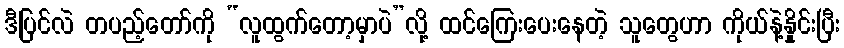
ဒီပြင်လဲ တပည့်တော်ကို “လူထွက်တော့မှာပဲ”လို့ ထင်ကြေးပေးနေတဲ့ သူတွေဟာ ကိုယ်နဲ့နှိုင်းပြီး